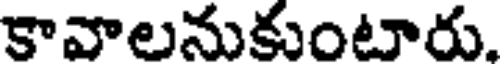
కావాలనుకుంటారు.